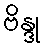
ဗိန္ဒု